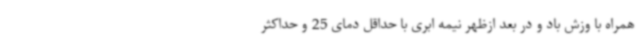
همراه با وزش باد و در بعد ازظهر نیمه ابری با حداقل دمای 25 و حداکثر